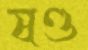
ষণ্ড